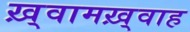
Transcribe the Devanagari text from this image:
ख़्वामख़्वाह